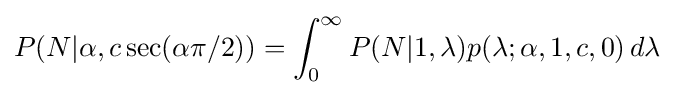
P(N|\alpha ,c\sec(\alpha \pi /2))=\int _{0}^{\infty }P(N|1,\lambda )p(\lambda ;\alpha ,1,c,0)\,d\lambda